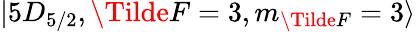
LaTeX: \lvert 5D_{5/2},\Tilde{F}=3,m_{\Tilde{F}}=3\rangle